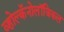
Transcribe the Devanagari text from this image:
व्होल्कॅनोलॉजिकल